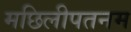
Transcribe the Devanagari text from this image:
मछिलीपतनम